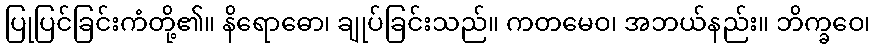
ပြုပြင်ခြင်းကံတို့၏။ နိရောဓော၊ ချုပ်ခြင်းသည်။ ကတမေဝ၊ အဘယ်နည်း။ ဘိက္ခဝေ၊